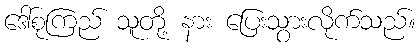
ဒေါ်စုကြည် သူတို့ နား ပြေးသွားလိုက်သည်။